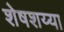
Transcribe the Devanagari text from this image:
शेषशय्या